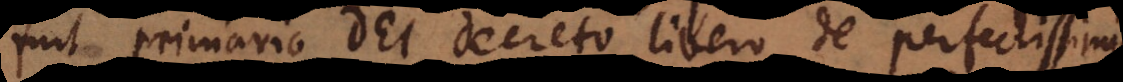
fuit primario Dei decreto libero de perfectissimis